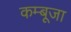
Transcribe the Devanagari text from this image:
कम्बूजा